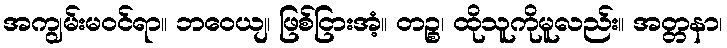
အကျွမ်းမဝင်ရာ။ ဘဝေယျ၊ ဖြစ်ငြားအံ့။ တဉ္စ၊ ထိုသူကိုမူလည်း။ အတ္တနာ၊